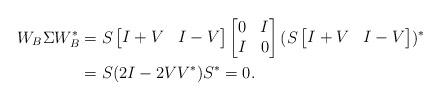
LaTeX: \begin{align*} W_B\Sigma W_B^*&=S\begin{bmatrix}I+V & I-V \end{bmatrix}\begin{bmatrix} 0 & I \\ I & 0\end{bmatrix} (S\begin{bmatrix}I+V & I-V \end{bmatrix})^*\\&=S(2I-2VV^*)S^*=0.\end{align*}